Sketch of the medical history of the native army of Bombay, for the year
Year: 1870
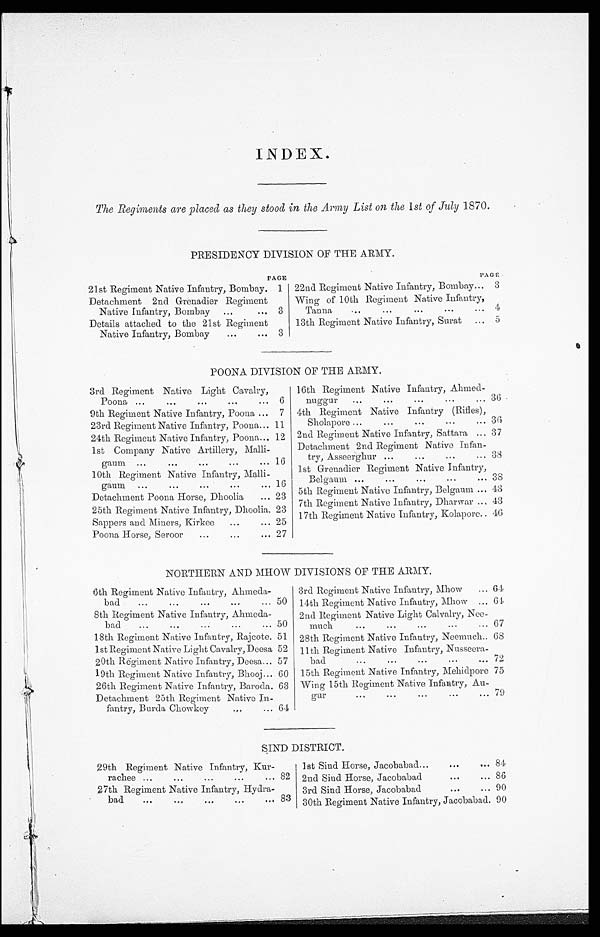
INDEX.
The Regiments are placed as they stood in the Army List on the 1st of July 1870.
PRESIDENCY DIVISION OF THE ARMY.
PAGE
PAGE •
21st Regiment Native Infantry, Bombay. 1 22nd Regiment Native Infantry, Bombay
3
Detachment 2nd Grenadier Regiment
Native Infantry, Bombay
3
Wing of 10th Regiment Native Infantry,
Tanna
4
Details attached to the 21st Regiment
Native Infantry, Bombay
3
13th Regiment Native Infantry, Surat
5
POONA DIVISION OF THE ARMY.
3rd Regiment Native Light Cavalry,
Poona
6
16th Regiment Native Infantry, Ahmed-
nuggur
36
9th Regiment Native Infantry, Poona
7 4th Regiment Native Infantry (Rifles),
Sholapore
36
23rd Regiment Native Infantry, Poona
11
24th Regiment Native Infantry, Poona... 12 2nd Regiment Native Infantry, Sattara
37
1st Company Native Artillery, Malli-
Baum
16
Detachment 2nd Reg
Regiment Native Infan-
try, Asseerghur
38
1st Grenadier Regiment Native Infantry B e l g a u m . 38
10th Regiment Native Infantry, Malli-
gaum
16 5th Regiment Native Infantry, Belgaum
43
Detachment Poona Horse, Dhoolia
23 7th Regiment Native Infantry, Dharwar
43
25th Regiment Native Infantry.Dhoolia
25th Regiment Native Infantry, Dhoolia. 23 17th Regiment Native Infantry, Kolapore 40
Sappers and Miners, Kirkee
25
Poona Horse, Seroor
27
NORTHERN AND MHOW DIVISIONS OF THE ARMY.
6th Regiment Native Infantry, Ahmeda-
bad
50
3rd Regiment Native Infantry, Mhow
64
14th Regiment Native Infantry, Mhow
64
8th Regiment Native Infantry, Ahmeda-
bad
50
2nd Regiment Native Light Calvalry, Nee-
much
67
18th Regiment Native Infantry, Rajcote. 51 28th Regiment Native Infantry, Neemuch 68
1st Regiment Native Light Cavalry, Deesa 52 11th Regiment Native Infantry, Nnsseera-
bad
72
20th Regiment Native Infantry, Deesa... 57
19th Regiment Native Infantry, Bhooj
6 0 15th Regiment Native Infantry, Mehidpore 75
26th Regiment Native Infantry, Baroda. 63 Wing 15th Regiment Native Infantry, Au-
gur 79
Detachment 25th Regiment Native In-
fantry, Burda Chowkey
64
SIND DISTRICT.
29th Regiment Native Infantry, Kur-
rachee
82
1st Sind Horse, Jacobabad
84
2nd Sind Horse, Jacobabad
86
27th Regiment Native Infantry, Hydra-
bad
83
3rd Sind Horse, Jacobabad
90
30th Regiment Native Infantry, Jacobabad. 90